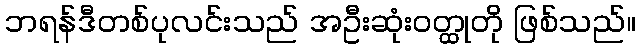
ဘရန်ဒီတစ်ပုလင်းသည် အဦးဆုံးဝတ္ထုတို ဖြစ်သည်။